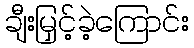
ချီးမြှင့်ခဲ့ကြောင်း